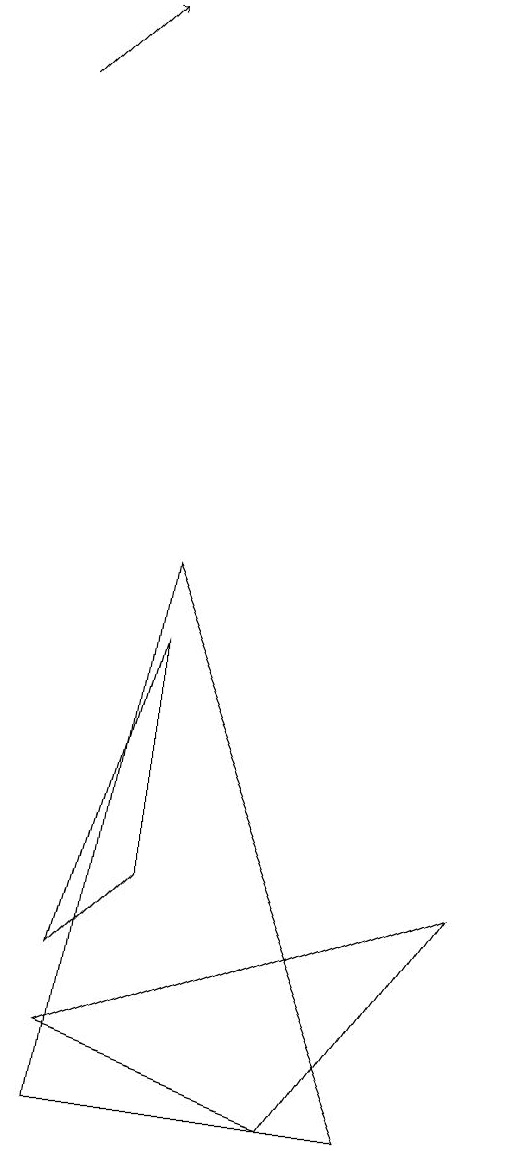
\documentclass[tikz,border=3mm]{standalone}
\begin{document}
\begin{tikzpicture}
\draw (2,8) -- (1,1) -- (5,1) -- cycle;
\draw (1,3) -- (2,7) -- (2,4) -- cycle;
\draw (4,1) -- (6,4) -- (1,2) -- cycle;
\draw[->] (0,14) -- (1,15);
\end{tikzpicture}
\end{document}